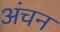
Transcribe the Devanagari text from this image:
अंचन